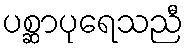
ပစ္ဆာပုရေသညီ